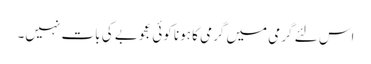
اس لئے گرمی میں گرمی کا ہونا کوئی عجوبے کی بات نہیں۔